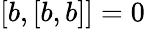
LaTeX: [b,[b,b]]=0